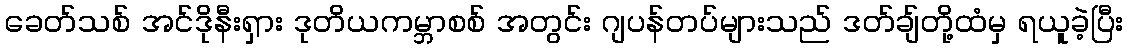
ခေတ်သစ် အင်ဒိုနီးရှား ဒုတိယကမ္ဘာစစ် အတွင်း ဂျပန်တပ်များသည် ဒတ်ချ်တို့ထံမှ ရယူခဲ့ပြီး